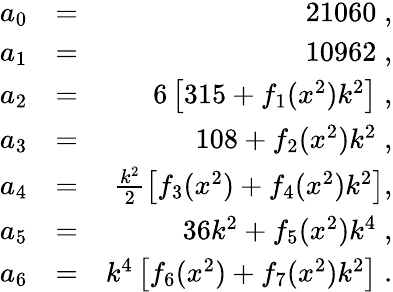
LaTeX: \begin{array}{rlr}{a_{0}}&{=}&{21060\; ,}\\ {a_{1}}&{=}&{10962\; ,}\\ {a_{2}}&{=}&{6\left[315+f_{1}(x^{2})k^{2}\right]\; ,}\\ {a_{3}}&{=}&{108+f_{2}(x^{2})k^{2}\; ,}\\ {a_{4}}&{=}&{\frac{k^{2}}{2}\left[f_{3}(x^{2})+f_{4}(x^{2})k^{2}\right],}\\ {a_{5}}&{=}&{36k^{2}+f_{5}(x^{2})k^{4}\; ,}\\ {a_{6}}&{=}&{k^{4}\left[f_{6}(x^{2})+f_{7}(x^{2})k^{2}\right]\; .}\end{array}